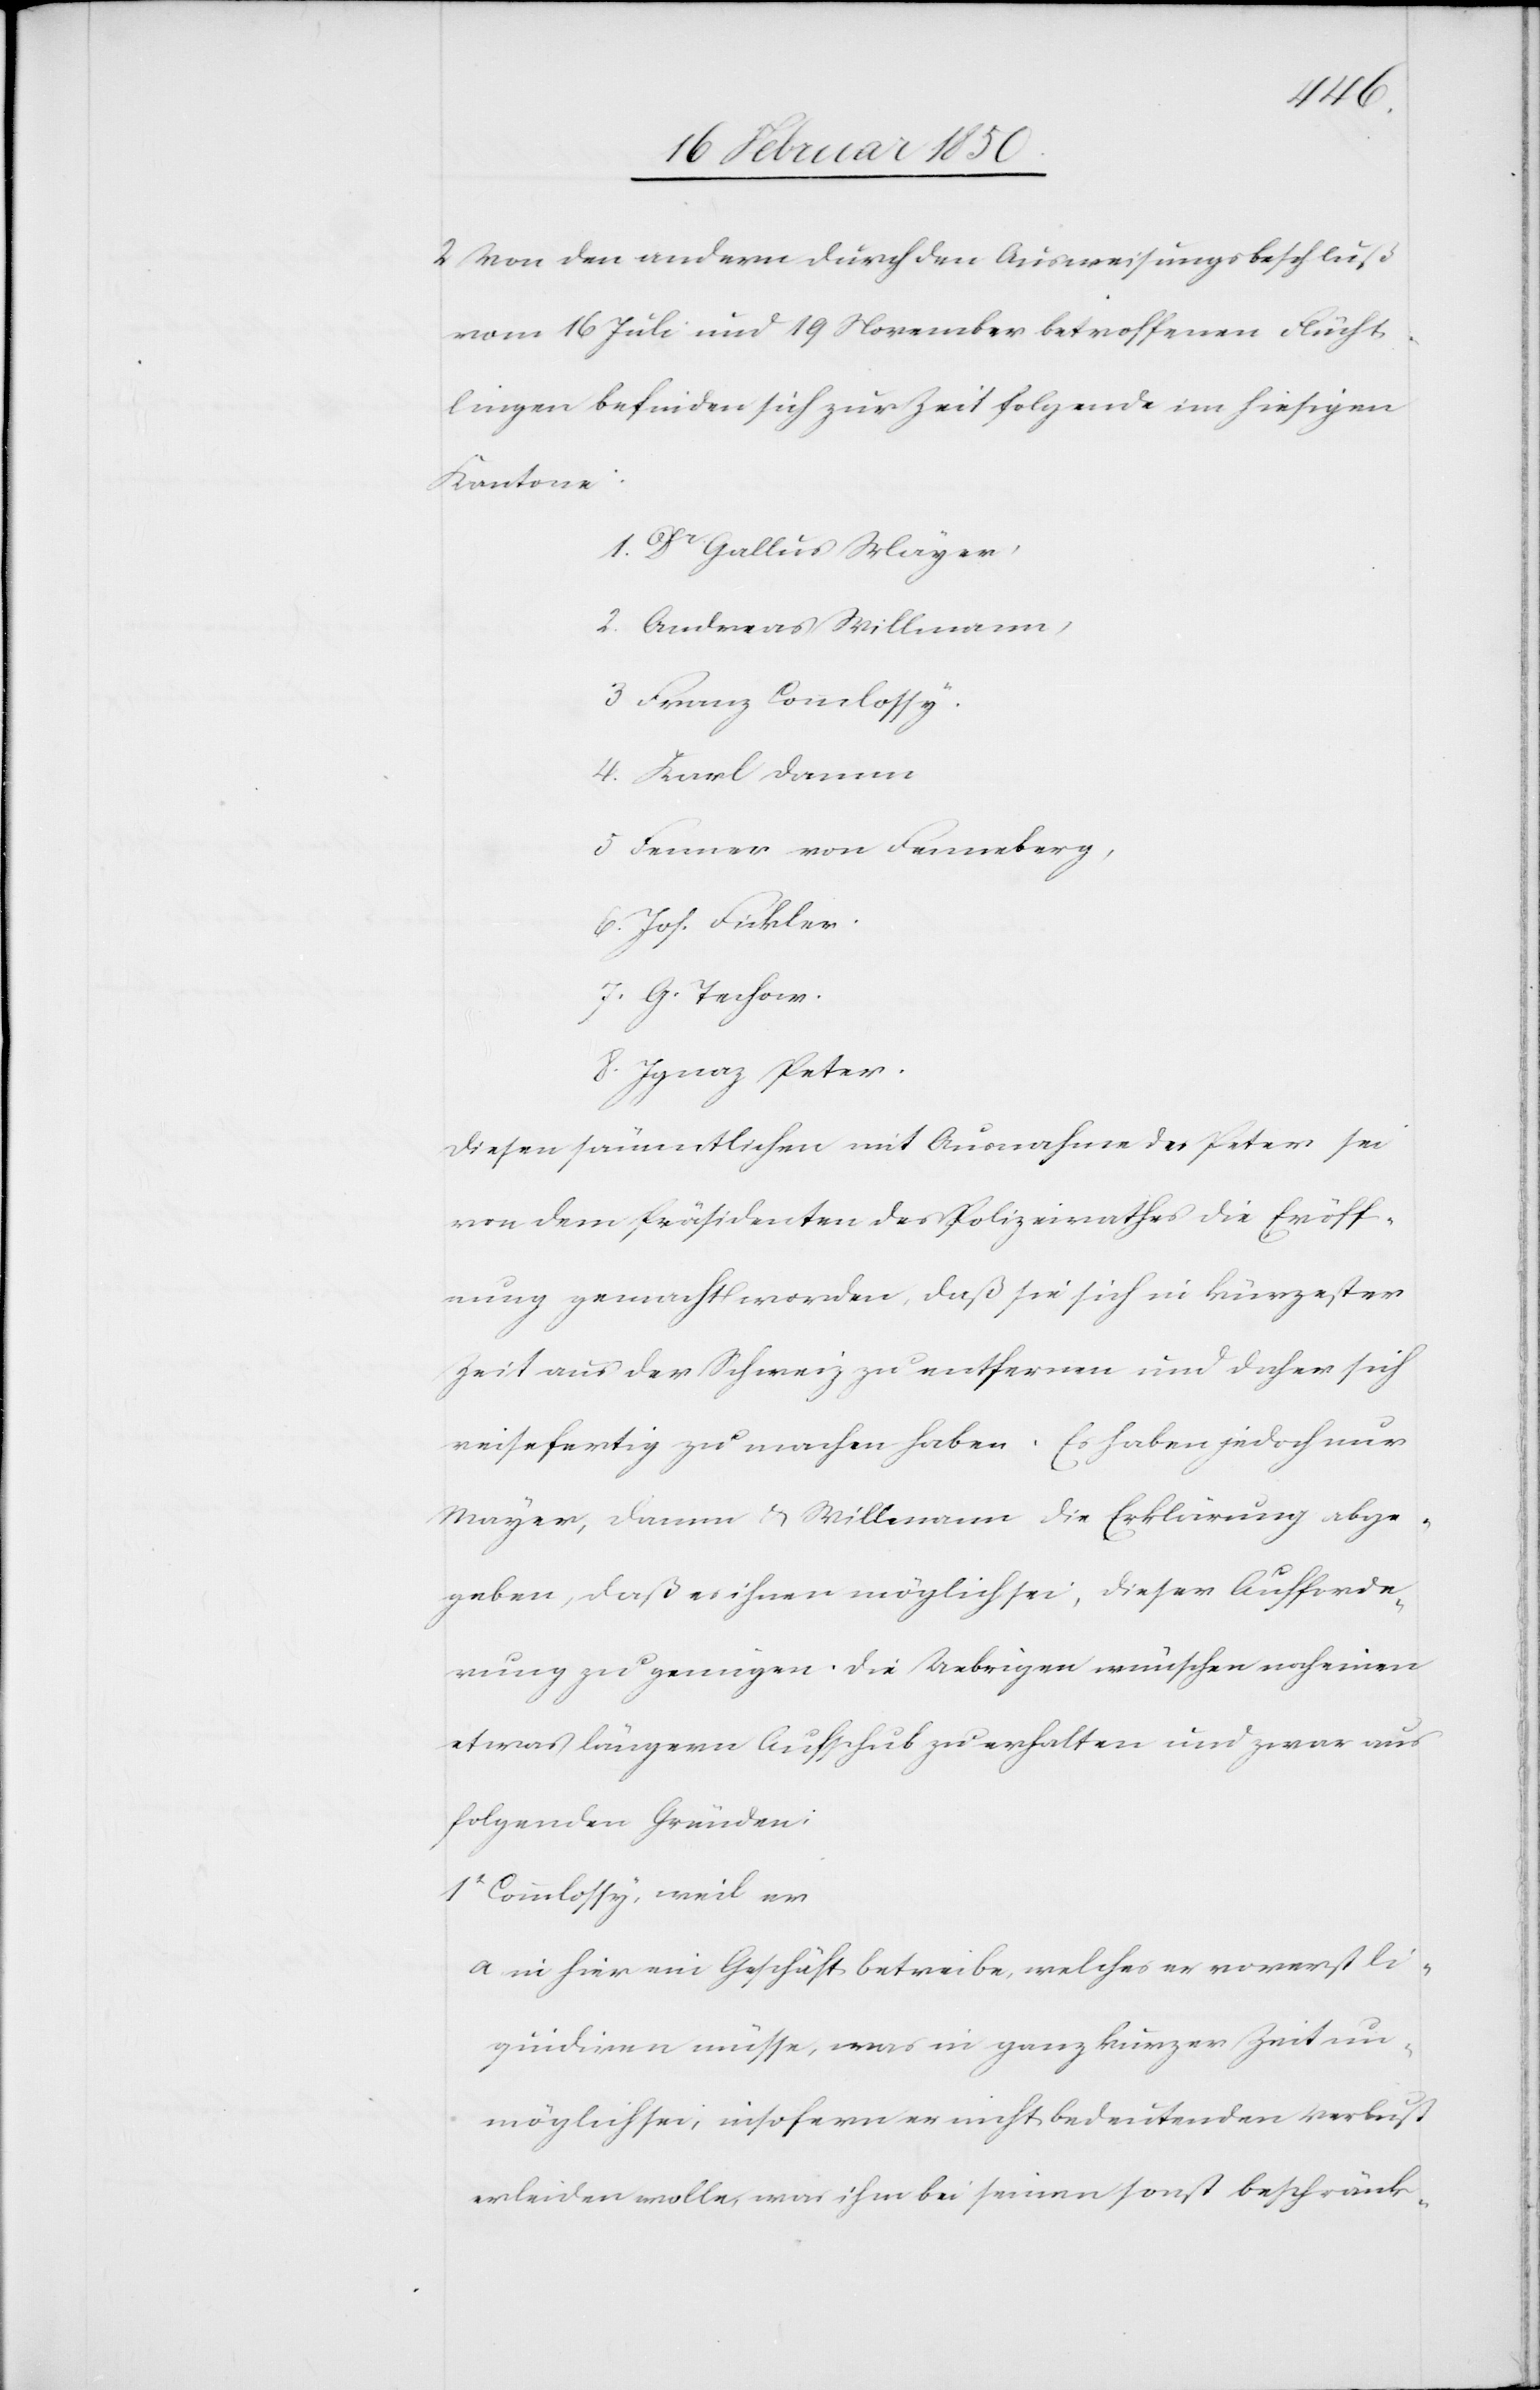
2 Von den andern durch den Ausweisungsbeschluß
vom 16 Juli und 19 November betroffenen Flücht¬
lingen befinden sich zur Zeit folgende im hiesigen
Kantone:
1. Dr Gallus Mayer,
2. Andreas Willmann,
3 Franz Commlossy.
4. Karl Damm
5 Fenner von Fenneberg,
6. Jos. Fickler.
7. G. Techow.
8. Ignaz Peter.
Diesen sämmtlichen mit Ausnahme des Peter sei
von dem Präsidenten des Polizeirathes die Eröff¬
nung gemacht worden, daß sie sich in kürzester
Zeit aus der Schweiz zu entfernen und daher sich
reisefertig zu machen haben. Es haben jedoch nur
Mayer, Damm u. Willmann die Erklärung abge¬
geben, daß es ihnen möglich sei, dieser Aufforde¬
rung zu genügen. Die Uebrigen wünschen noch einen
etwas längern Aufschub zu erhalten und zwar aus
folgenden Gründen:
1t Commlossy, weil er
a in hier ein Geschäft betreibe, welches er vorerst li¬
quidiren müsse, was in ganz kurzer Zeit un¬
möglich sei, insofern er nicht bedeutenden Verlust
erleiden wolle, was ihm bei seinen sonst beschränk-